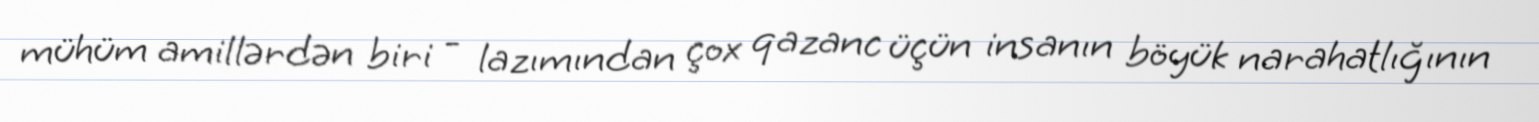
mühüm amillərdən biri - lazımından çox qazanc üçün insanın böyük narahatlığının